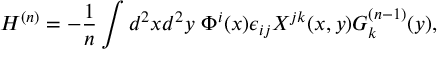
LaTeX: H ^ { ( n ) } = - \frac { 1 } { n } \int d ^ { 2 } x d ^ { 2 } y ~ \Phi ^ { i } ( x ) \epsilon _ { i j } X ^ { j k } ( x , y ) G _ { k } ^ { ( n - 1 ) } ( y ) ,